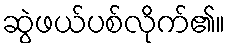
ဆွဲဖယ်ပစ်လိုက်၏။